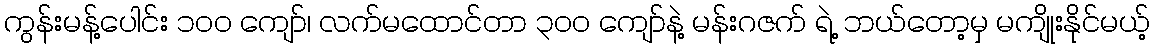
ကွန်းမန့်ပေါင်း ၁၀၀ ကျော်၊ လက်မထောင်တာ ၃၀၀ ကျော်နဲ့ မန်းဂဇက် ရဲ့ ဘယ်တော့မှ မကျိုးနိုင်မယ့်